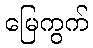
မြေကွက်